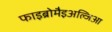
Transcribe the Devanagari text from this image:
फाइब्रोमैइअल्जिआ